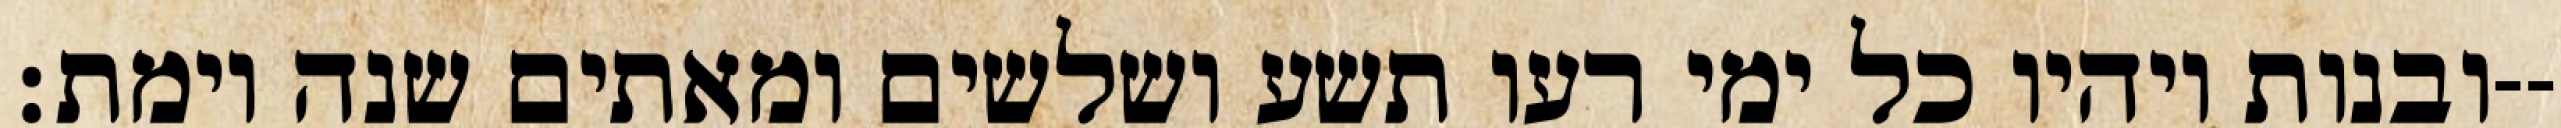
ובנות ויהיו כל ימי רעו תשע ושלשים ומאתים שנה וימת׃--